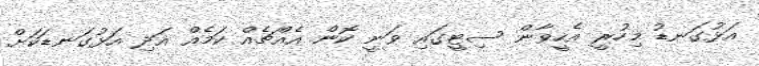
އަޅުގަނޑު މިހުރީ އެހީވާން ސިޓީގައި ވަނީ ކޮން އެއްޗެއް ކަމެއް އަދި އަޅުގަނޑަކަށް